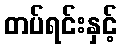
တပ်ရင်းနှင့်